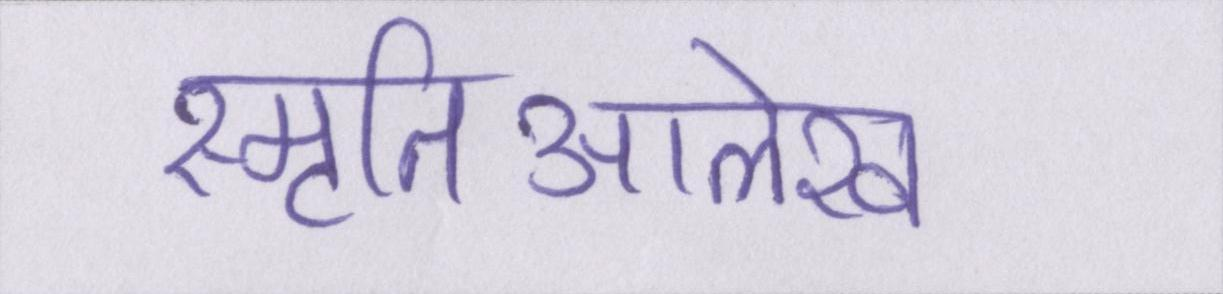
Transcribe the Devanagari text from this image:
स्मृतिआलेख